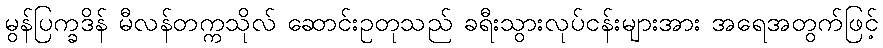
မွန်ပြက္ခဒိန် မီလန်တက္ကသိုလ် ဆောင်းဥတုသည် ခရီးသွားလုပ်ငန်းများအား အရေအတွက်ဖြင့်